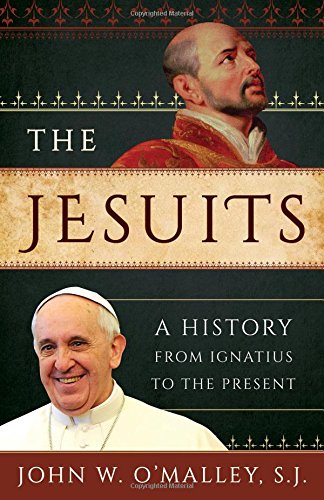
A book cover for The Jesuits: A History from Ignatius to the Present; John W. O'Malley  SJ; Christian Books & Bibles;